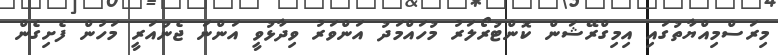
މިރަސްމިއްޔާތުގައި އިމިގްރޭޝަން ކޮންޓުރޯލަރު މުހައްމަދު އަންވަރު ވިދާޅުވީ އަންނަ ޖެނުއަރީ މަހުން ފެށިގެން